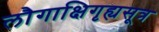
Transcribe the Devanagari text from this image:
लौगाक्षिगृह्यसूत्र